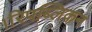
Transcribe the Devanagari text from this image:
।रिपब्लिकन